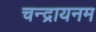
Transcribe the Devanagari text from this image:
चन्द्रायनम